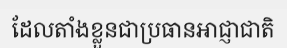
ដែលតាំងខ្លួនជាប្រធានអាជ្ញាជាតិ